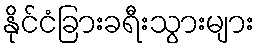
နိုင်ငံခြားခရီးသွားများ